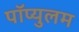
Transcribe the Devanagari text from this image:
पॉप्युलम